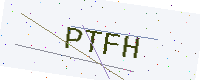
Text: PTFH